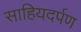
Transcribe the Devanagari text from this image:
साहियदर्पण